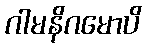
ဂါမနိဂမောပိ